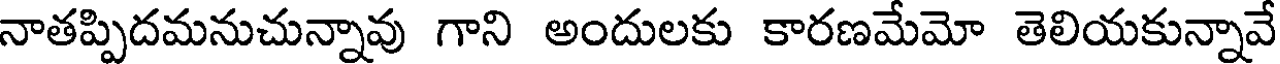
నాతప్పిదమనుచున్నావు గాని అందులకు కారణమేమో తెలియకున్నావే